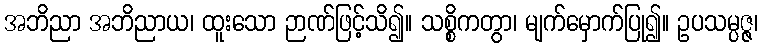
အဘိညာ အဘိညာယ၊ ထူးသော ဉာဏ်ဖြင့်သိ၍။ သစ္စိကတွာ၊ မျက်မှောက်ပြု၍။ ဥပသမ္ပဇ္ဇ၊